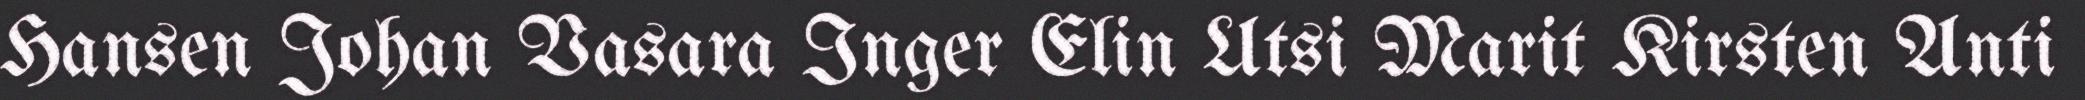
Hansen Johan Vasara Inger Elin Utsi Marit Kirsten Anti